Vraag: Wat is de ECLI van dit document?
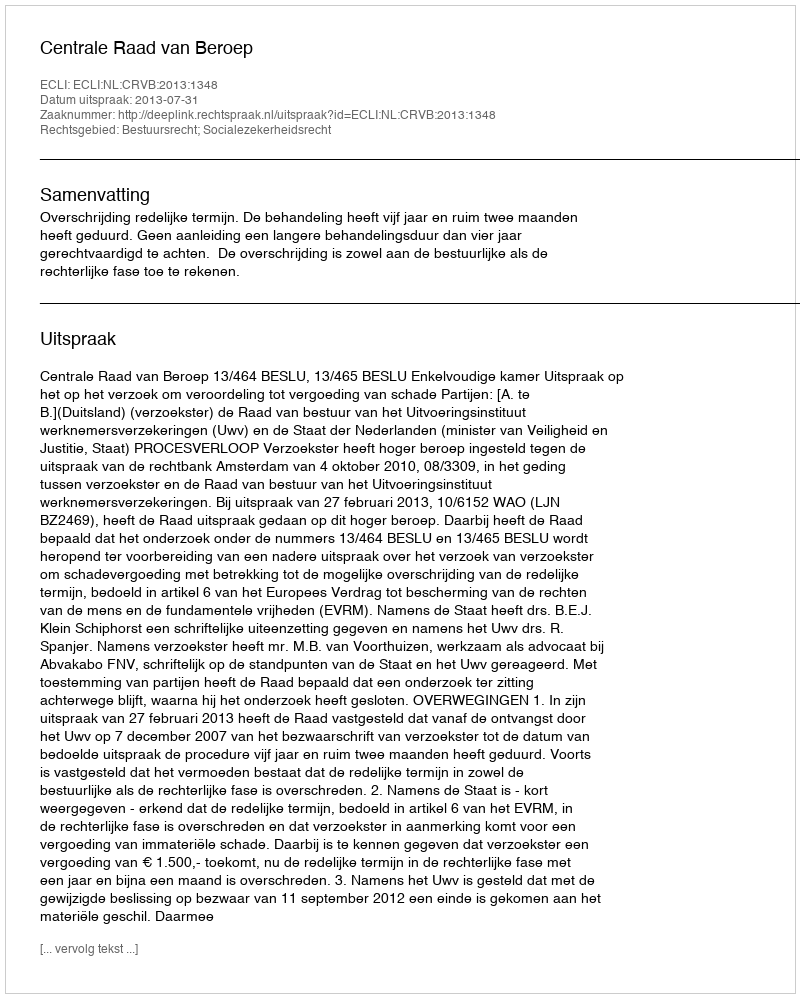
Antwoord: ECLI:NL:CRVB:2013:1348